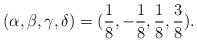
LaTeX: \begin{align*}(\alpha ,\beta ,\gamma , \delta)=(\frac{1}{8}, -\frac{1}{8}, \frac{1}{8}, \frac{3}{8}). \end{align*}